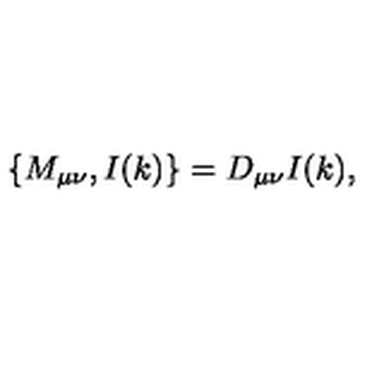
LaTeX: \left\{ M _ { \mu \nu } , I ( k ) \right\} = D _ { \mu \nu } I ( k ) ,